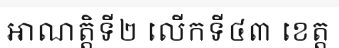
អាណត្តិទី២ លើកទី៤៣ ខេត្ត